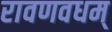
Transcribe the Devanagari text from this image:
रावणवधम्